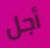
أجل